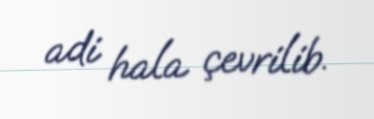
adi hala çevrilib.